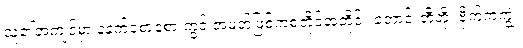
သူ၏အကျင့်မှာ နံနက်စောစော တွင် အမတ်ဖြစ်ကစတိုင်အတိုင်း တောင်းဘီတို၊ ဗိုက်ကကျွဲ၊